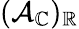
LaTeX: (\mathcal{A}_{\mathbb{C}})_{\mathbb{R}}